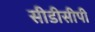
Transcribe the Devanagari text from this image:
सीडीसीपी